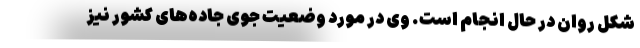
شکل روان در حال انجام است. وی در مورد وضعیت جوی جاده‌های کشور نیز